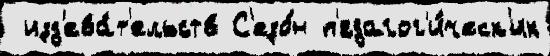
 изд'ева́т'ельств С'езо́н п'едагог'и́ческ'их